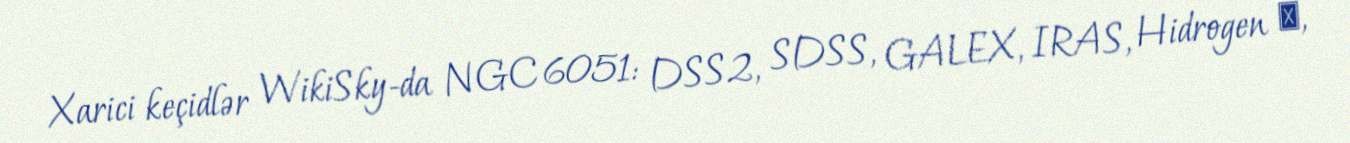
Xarici keçidlər WikiSky-da NGC 6051: DSS2, SDSS, GALEX, IRAS, Hidrogen α,